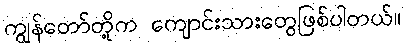
ကျွန်တော်တို့က ကျောင်းသားတွေဖြစ်ပါတယ်။